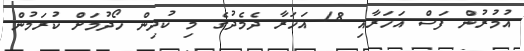
އުމުރުން ފަސް އަހަރާއި 18 އަހަރާ ދެމެދުގެ މި ކުދިން ހޯދުމަށް ކުރަމުން